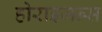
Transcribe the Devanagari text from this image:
होराइजन्स